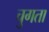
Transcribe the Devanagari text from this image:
चुगता